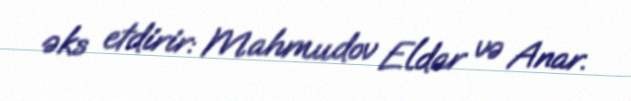
əks etdirir: Mahmudov Eldar və Anar.